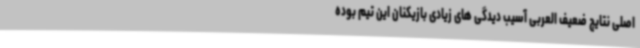
اصلی نتایج ضعیف العربی آسیب دیدگی های زیادی بازیکنان این تیم بوده